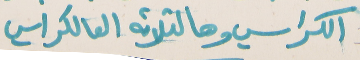
الكراسي وهالتلاته العالكراسي